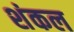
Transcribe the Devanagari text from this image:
शंकल